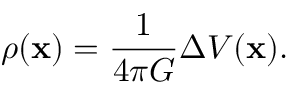
\rho ( \mathbf { x } ) = { \frac { 1 } { 4 \pi G } } \Delta V ( \mathbf { x } ) .